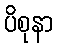
ပိစုနာ